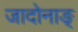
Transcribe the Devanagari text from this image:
जादोनाङ्